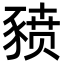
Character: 豮